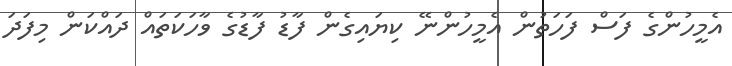
އެމީހުންގެ ފަސް ފަހަތުން އެމީހުންނޭ ކިޔައިގެން ފާޑު ފާޑުގެ ވާހަކަތައް ދައްކަން މިފަދަ